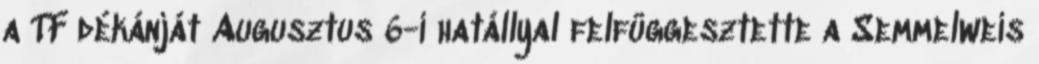
a TF dékánját Augusztus 6-i hatállyal felfüggesztette a Semmelweis